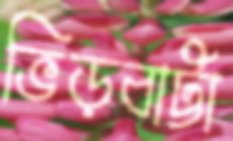
ভিড়বাট্টা